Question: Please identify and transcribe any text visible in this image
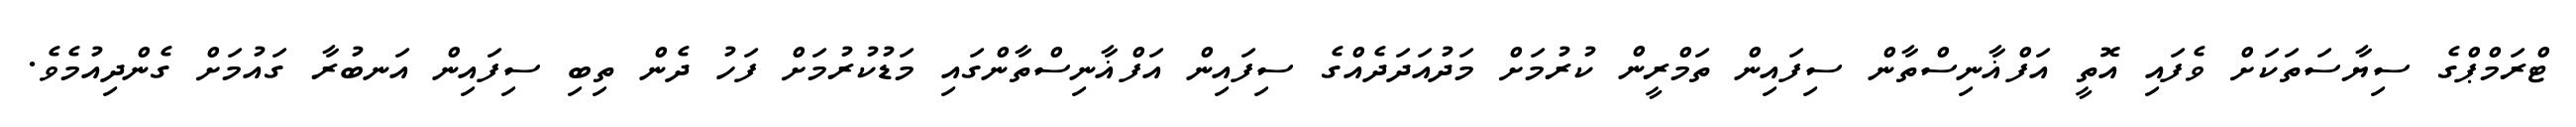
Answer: ޓްރަމްޕްގެ ސިޔާސަތަކަށް ވެފައި އޮތީ އަފްޣާނިސްތާން ސިފައިން ތަމްރީން ކުރުމަށް މަދުއަދަދެއްގެ ސިފައިން އަފްޣާނިސްތާންގައި މަޑުކުރުމަށް ފަހު ދެން ތިބި ސިފައިން އަނބުރާ ގައުމަށް ގެންދިއުމެވެ.